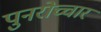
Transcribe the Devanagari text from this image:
पुनरोच्चार